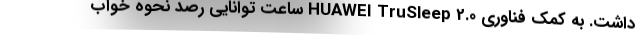
داشت. به کمک فناوری HUAWEI TruSleep 2.0 ساعت توانایی رصد نحوه خواب